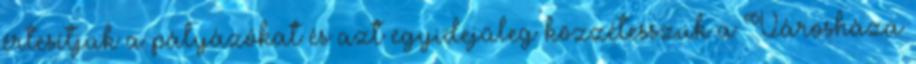
értesítjük a pályázókat és azt egyidejűleg közzétesszük a Városháza